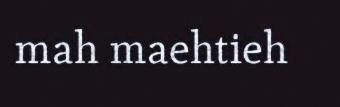
mah maehtieh